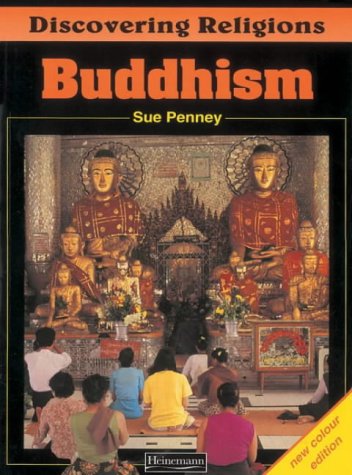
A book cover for Discovering Religions: Buddhism Core Student Book; Sue Penney; Teen & Young Adult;